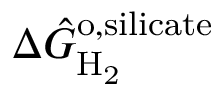
\Delta \hat { G } _ { \mathrm { H _ { 2 } } } ^ { \mathrm { o , s i l i c a t e } }